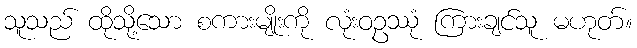
သူသည် ထိုသို့သော စကားမျိုးကို လုံးဝဥဿုံ ကြားချင်သူ မဟုတ်။